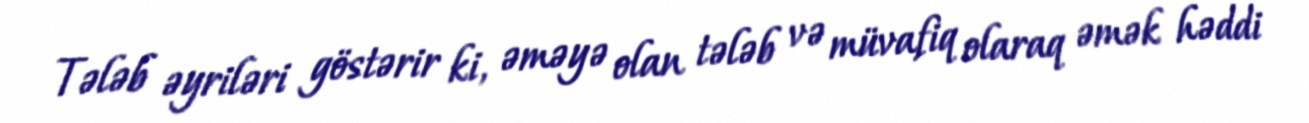
Tələb əyriləri göstərir ki, əməyə olan tələb və müvafiq olaraq əmək həddi